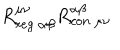
R _ { r e g \ \alpha \beta } ^ { \mu \nu } R _ { c o n \ \mu \nu } ^ { \alpha \beta }